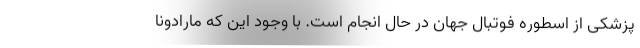
پزشکی از اسطوره فوتبال جهان در حال انجام است. با وجود این که مارادونا